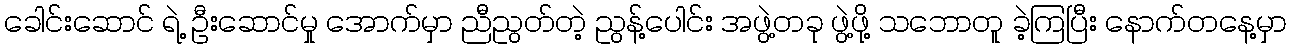
ခေါင်းဆောင် ရဲ့ ဦးဆောင်မှု အောက်မှာ ညီညွတ်တဲ့ ညွန့်ပေါင်း အဖွဲ့တခု ဖွဲ့ဖို့ သဘောတူ ခဲ့ကြပြီး နောက်တနေ့မှာ